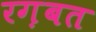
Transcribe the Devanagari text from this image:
रग़बत